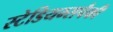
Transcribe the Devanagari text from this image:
स्टेडियम्सपैकी